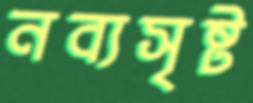
নব্যসৃষ্ট